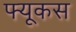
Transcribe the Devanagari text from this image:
फ्यूकस